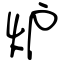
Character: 炉